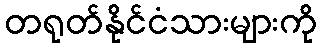
တရုတ်နိုင်ငံသားများကို